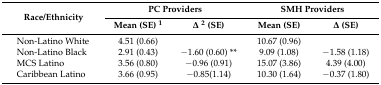
<table><thead><tr><td rowspan="2"><b>Race/Ethnicity</b></td><td colspan="2"><b>PC Providers</b></td><td colspan="2"><b>SMH Providers</b></td></tr><tr><td><b>Mean (SE) <sup>1</sup></b></td><td><b>Δ <sup>2</sup> (SE)</b></td><td><b>Mean (SE)</b></td><td><b>Δ (SE)</b></td></tr></thead><tbody><tr><td> Non-Latino White</td><td>4.51 (0.66)</td><td></td><td>10.67 (0.96)</td><td></td></tr><tr><td> Non-Latino Black</td><td>2.91 (0.43)</td><td>−1.60 (0.60) **</td><td>9.09 (1.08)</td><td>−1.58 (1.18)</td></tr><tr><td> MCS Latino</td><td>3.56 (0.80)</td><td>−0.96 (0.91)</td><td>15.07 (3.86)</td><td>4.39 (4.00)</td></tr><tr><td> Caribbean Latino</td><td>3.66 (0.95)</td><td>−0.85(1.14)</td><td>10.30 (1.64)</td><td>−0.37 (1.80)</td></tr></tbody></table>